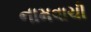
નામવાચી